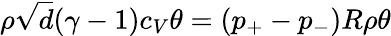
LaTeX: \rho\sqrt{d}(\gamma-1)c_{V}\theta=(p_{+}-p_{-})R\rho\theta